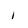
Character: 1